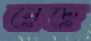
নেচে